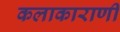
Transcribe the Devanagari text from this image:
कलाकाराणी